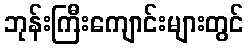
ဘုန်းကြီးကျောင်းများတွင်